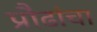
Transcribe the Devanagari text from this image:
प्रौढांचा